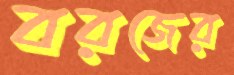
বরজের